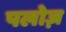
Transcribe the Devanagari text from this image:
पलोज़